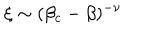
\xi \sim ( \beta _ { c } - \beta ) ^ { - \nu }